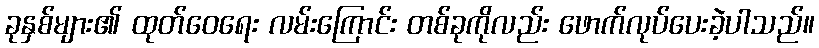
ခုနှစ်များ၏ ထုတ်ဝေရေး လမ်းကြောင်း တစ်ခုကိုလည်း ဖောက်လုပ်ပေးခဲ့ပါသည်။